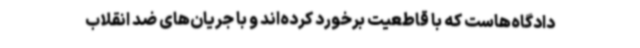
دادگاه‌هاست که با قاطعیت برخورد کرده‌اند و با جریان‌های ضد انقلاب